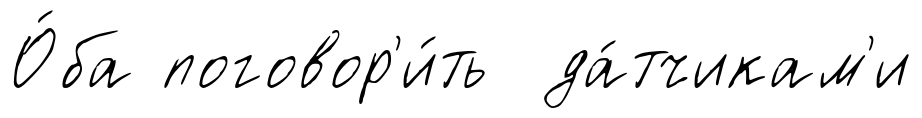
О́ба поговор'и́ть да́тчикам'и